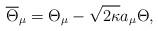
LaTeX: \begin{align*}\overline{\Theta}_\mu=\Theta_\mu-\sqrt{2\kappa}a_\mu\Theta,\end{align*}